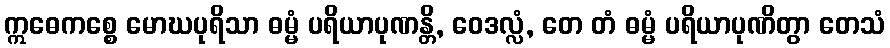
ဣဓေကစ္စေ မောဃပုရိသာ ဓမ္မံ ပရိယာပုဏန္တိ, ဝေဒလ္လံ, တေ တံ ဓမ္မံ ပရိယာပုဏိတွာ တေသံ